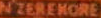
N ZEREKORE